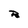
Character: R